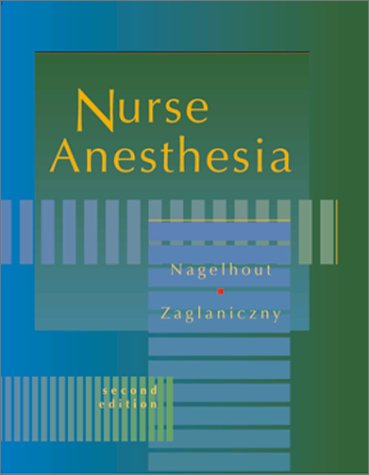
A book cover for Nurse Anesthesia; John J. Nagelhout CRNA  PhD  FAAN; Medical Books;